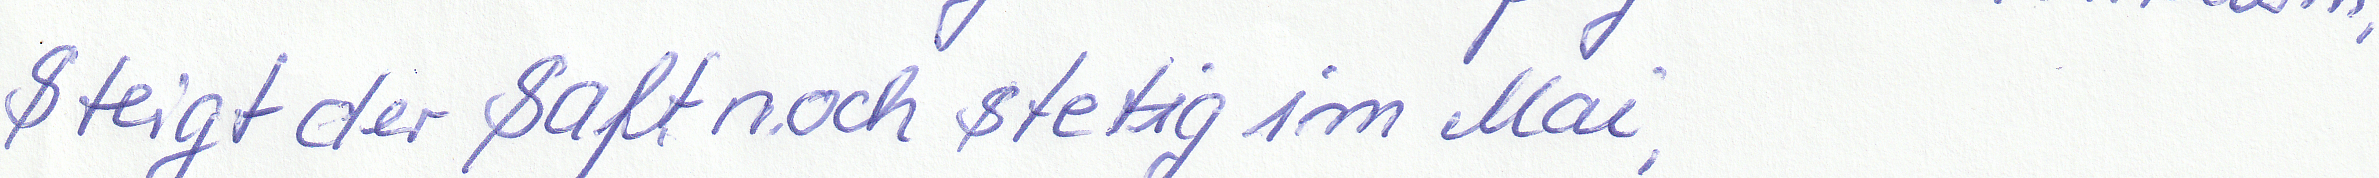
Steigt der Saft noch stetig im Mai